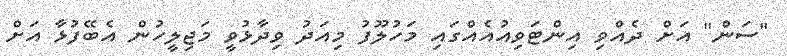
"ސަން" އަށް ދެއްވި އިންޓަވިއުއެއްގައި މަހުލޫފު މިއަދު ވިދާޅުވީ މަޖިލީހުން އެބޭފުޅާ އަށް